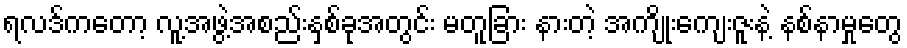
ရလဒ်ကတော့ လူ့အဖွဲ့အစည်းနှစ်ခုအတွင်း မတူခြား နားတဲ့ အကျိုးကျေးဇူးနဲ့ နစ်နာမှုတွေ